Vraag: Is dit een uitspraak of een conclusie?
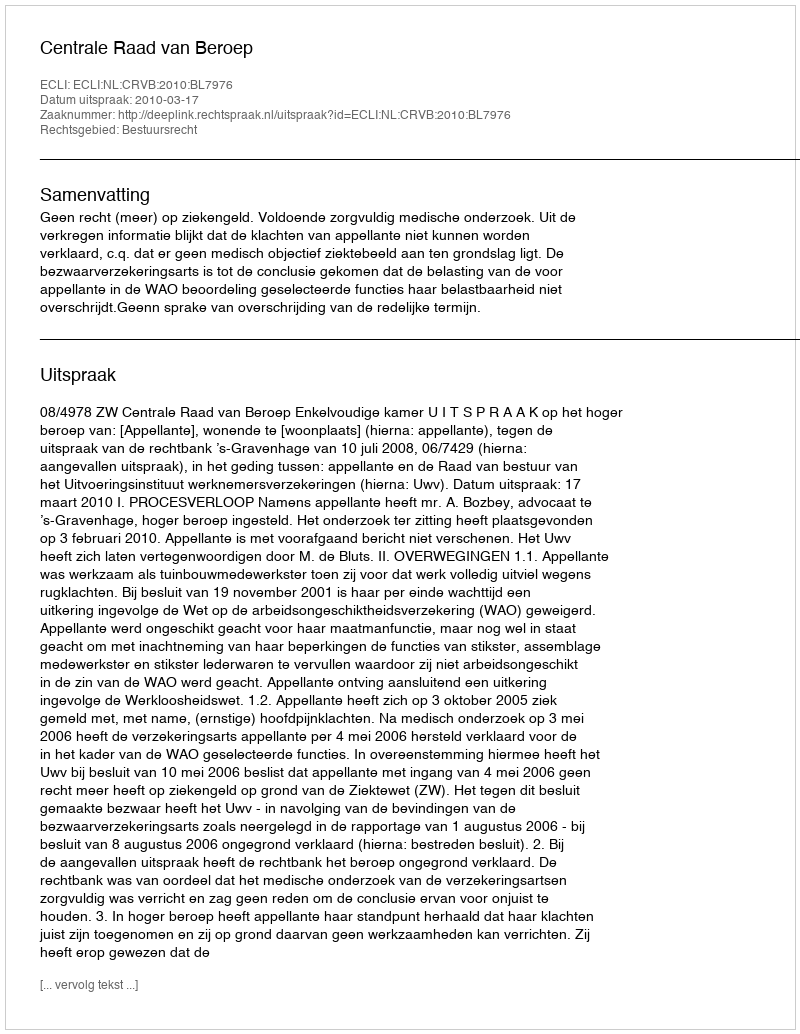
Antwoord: Uitspraak